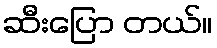
ဆီးပြော တယ်။